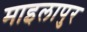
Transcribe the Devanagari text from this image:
माइलापुर